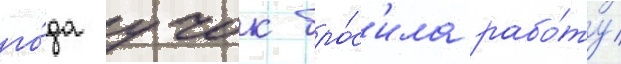
го́да учок бро́с'ила рабо́ту